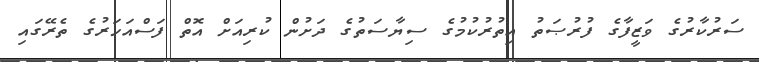
ސަރުކާރުގެ ވަޒީފާގެ ފުރުޞަތު އިތުރުކުމުގެ ސިޔާސަތުގެ ދަށުން ކުރިއަށް އޮތް ފަސްއަހަރުގެ ތެރޭގައި